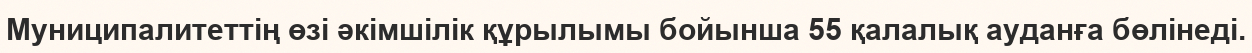
Муниципалитеттің өзі әкімшілік құрылымы бойынша 55 қалалық ауданға бөлінеді.